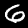
Label: 6